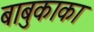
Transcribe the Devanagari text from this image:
बाबुकाका